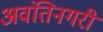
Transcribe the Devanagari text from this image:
अवंतिनगरी